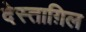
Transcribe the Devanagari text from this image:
देस्ताग़िल